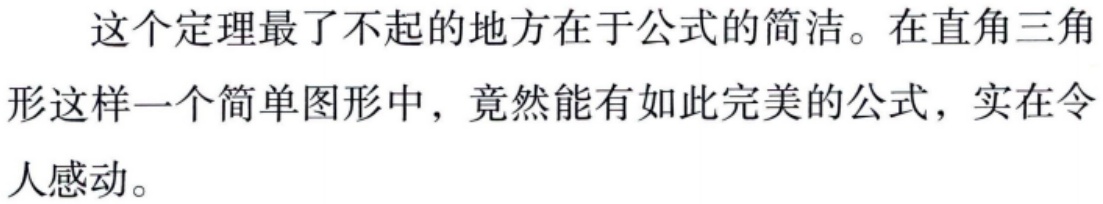
这个定理最了不起的地方在于公式的简洁。在直角三角形这样一个简单图形中，竟然能有如此完美的公式，实在令人感动。